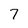
Character: 7